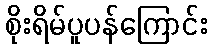
စိုးရိမ်ပူပန်ကြောင်း